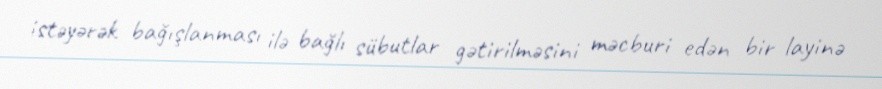
istəyərək bağışlanması ilə bağlı sübutlar gətirilməsini məcburi edən bir layinə